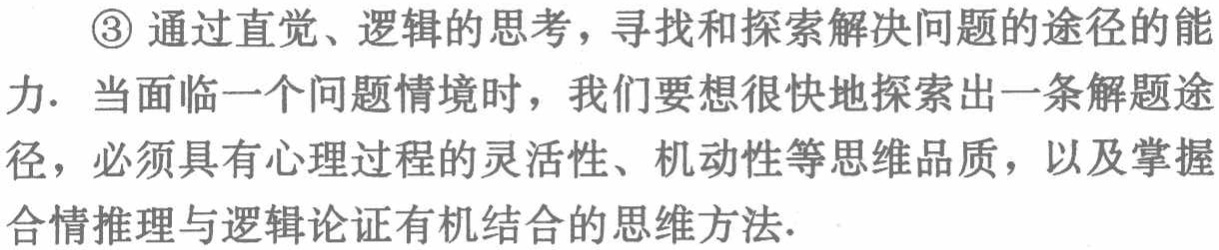
\textcircled{3}通过直觉、逻辑的思考，寻找和探索解决问题的途径的能力. 当面临一个问题情境时，我们要想很快地探索出一条解题途径，必须具有心理过程的灵活性、机动性等思维品质，以及掌握合情推理与逻辑论证有机结合的思维方法.